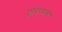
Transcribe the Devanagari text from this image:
ड्रॉवरमध्ये